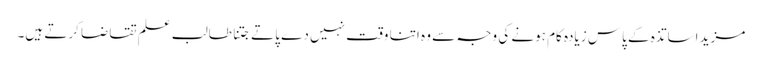
مزید اساتذہ کے پاس زیادہ کام ہونے کی وجہ سے وہ اتنا وقت نہیں دے پاتے جتنا طالب علم تقاضا کرتے ہیں۔